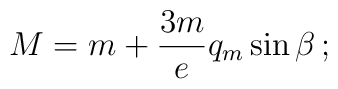
M = m + \frac{3m}{e} q_m \sin \beta  \, ;